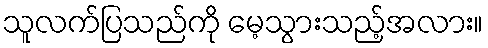
သူလက်ပြသည်ကို မေ့သွားသည့်အလား။